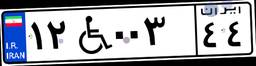
۱۲W۰۰۳۴۴